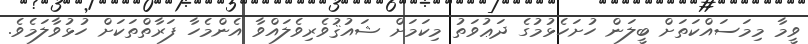
ވީމާ މިމަސައްކަތަށް ބީލަން ހުށަހެޅުމުގެ ދަޢުވަތު މިކަމަށް ޝައުޤުވެރިވެލައްވާ އެންމެހާ ފަރާތްތަކަށް ހުޅުވާލަމެވެ.